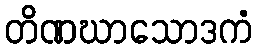
တိဏဃာသောဒကံ